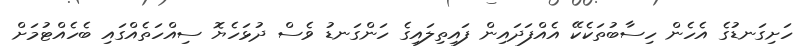
ހަށިގަނޑުގެ އެހެން ހިސާބުތަކެކޭ އެއްފަދައިން ފައިތިލައިގެ ހަންގަނޑު ވެސް ދުޅަހެޔޮ ސިއްހަތެއްގައި ބެހެއްޓުމަށް